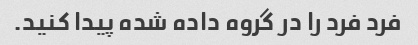
فرد فرد را در گروه داده شده پیدا کنید.